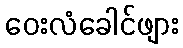
ဝေးလံခေါင်ဖျား